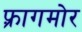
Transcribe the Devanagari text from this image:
फ़्रागमोर